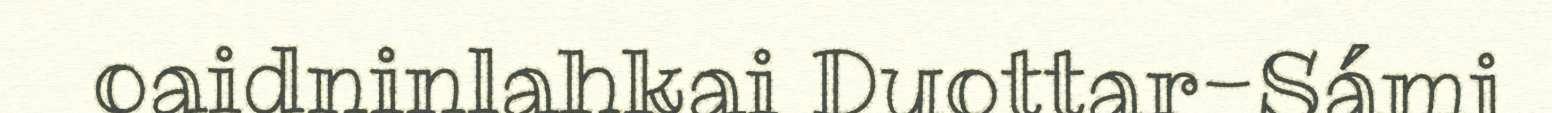
oaidninlahkai Duottar-Sámi